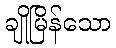
ချိုမြိန်သော